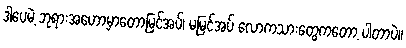
ဒါပေမဲ့ ဘုရားအဟောမှာတော့မြင်အပ်၊ မမြင်အပ် လောကသားတွေကတော့ ပါတာပဲ။